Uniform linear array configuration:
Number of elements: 12
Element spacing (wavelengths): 0.5
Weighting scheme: exponential
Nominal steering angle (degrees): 15
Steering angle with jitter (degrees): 16.246
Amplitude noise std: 0.05
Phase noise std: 0.05

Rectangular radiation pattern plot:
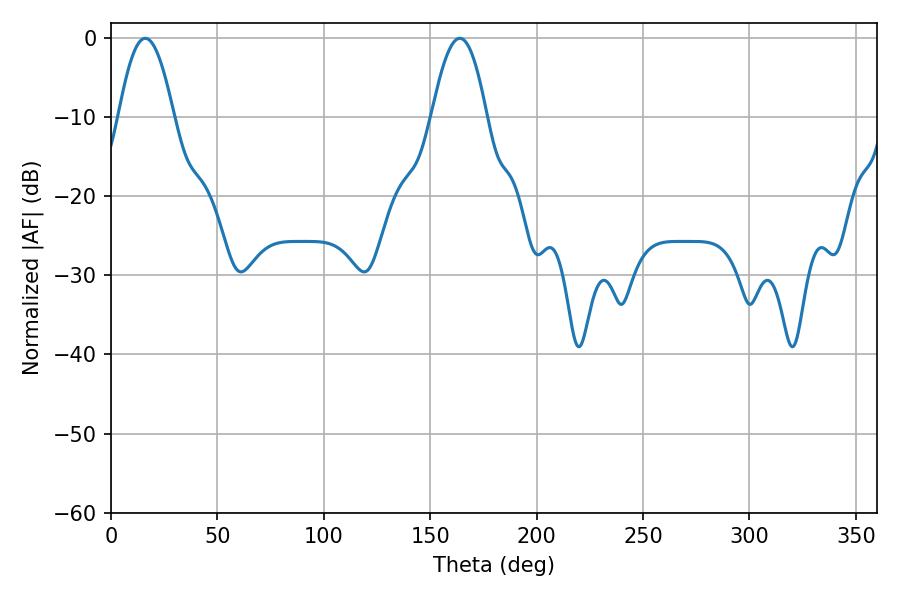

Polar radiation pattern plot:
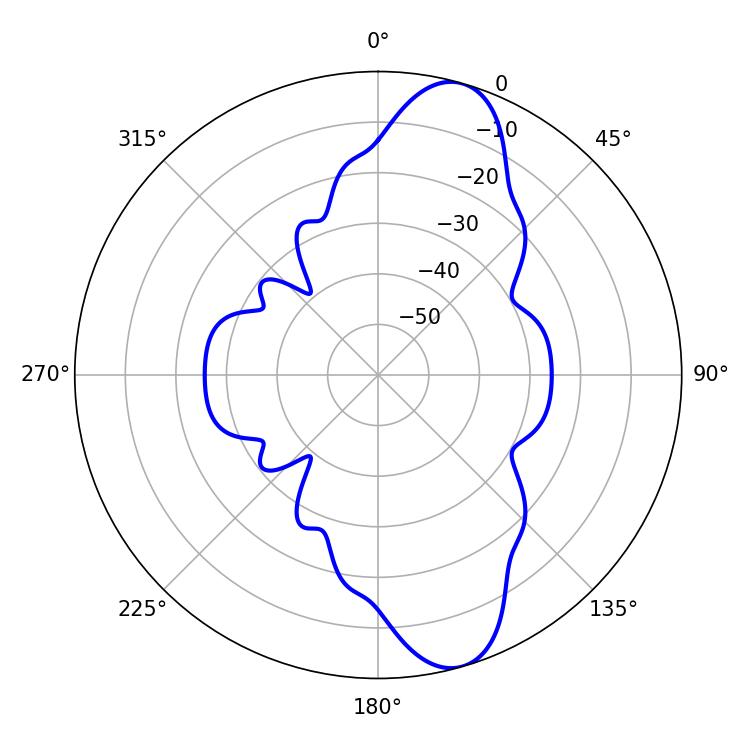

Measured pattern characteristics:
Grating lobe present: FALSE
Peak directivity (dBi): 11.091
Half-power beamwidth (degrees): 14.04
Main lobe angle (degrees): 16.02